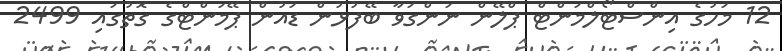
12 މަހުގެ އިންސްޓޯލްމަންޓް ޕްލޭން ނަންގަވާ ބޭފުޅުން ޑައުން ޕޭމަންޓްގެ ގޮތުގައި 2499